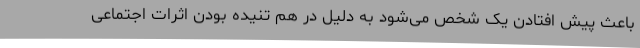
باعث پیش افتادن یک شخص می‌شود به دلیل در هم تنیده بودن اثرات اجتماعی